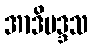
အာဒိမဒ္ဒသ